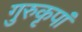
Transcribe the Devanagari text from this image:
गुरुकृपां